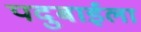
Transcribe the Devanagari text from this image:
पदुबाईला